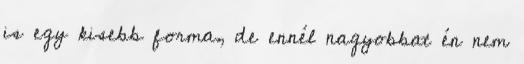
is egy kisebb forma, de ennél nagyobbat én nem